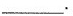
___.